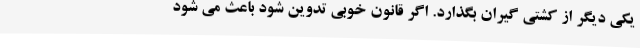
یکی دیگر از کشتی گیران بگذارد. اگر قانون خوبی تدوین شود باعث می شود